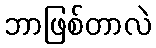
ဘာဖြစ်တာလဲ